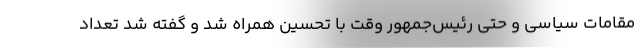
مقامات سیاسی و حتی رئیس‌جمهور وقت با تحسین همراه شد و گفته شد تعداد